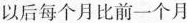
以后每个月比前一个月